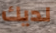
لديك